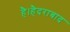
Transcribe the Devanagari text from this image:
है।हैदराबाद